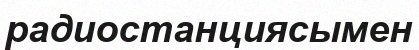
радиостанциясымен